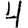
Digit: 4